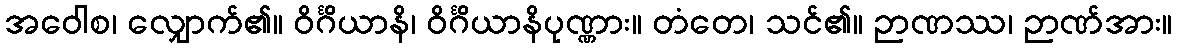
အဝေါစ၊ လျှောက်၏။ ဝိင်္ဂိယာနိ၊ ဝိင်္ဂိယာနိပုဏ္ဏား။ တံတေ၊ သင်၏။ ဉာဏဿ၊ ဉာဏ်အား။